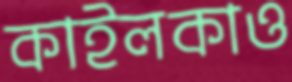
কাইলকাও